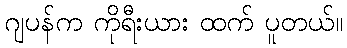
ဂျပန်က ကိုရီးယား ထက် ပူတယ်။